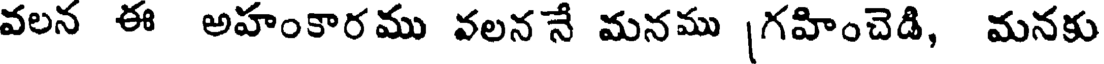
వలన ఈ అహంకారము వలన నే మనము [గహించెడి, మనకు